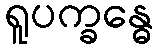
ရူပက္ခန္ဓေ